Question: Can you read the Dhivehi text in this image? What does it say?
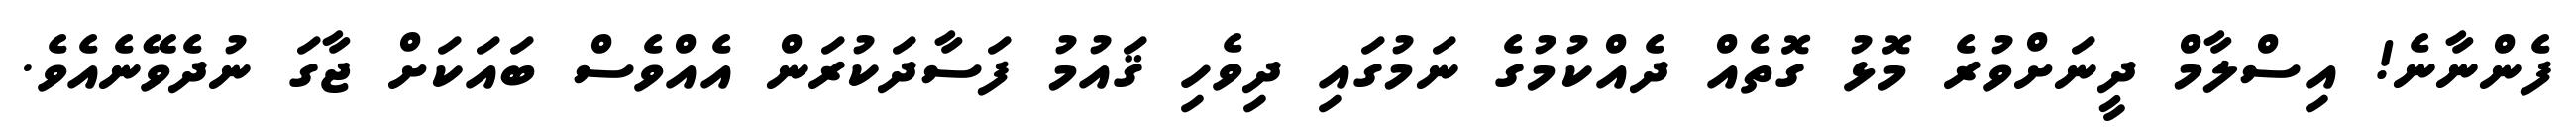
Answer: ފެންނާނެ! އިސްލާމް ދީނަށްވުރެ މޮޅު ގޮތެއް ދެއްކުމުގެ ނަމުގައި ދިވެހި ޤައުމު ފަސާދަކުރަން އެއްވެސް ބައަކަށް ޖާގަ ނުދެވޭނެއެވެ.